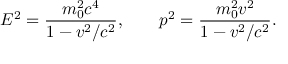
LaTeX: E ^ { 2 } = { \frac { m _ { 0 } ^ { 2 } c ^ { 4 } } { 1 - v ^ { 2 } / c ^ { 2 } } } , \qquad p ^ { 2 } = { \frac { m _ { 0 } ^ { 2 } v ^ { 2 } } { 1 - v ^ { 2 } / c ^ { 2 } } } .